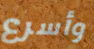
وأسرع